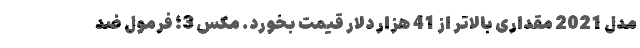
مدل 2021 مقداری بالاتر از 41 هزار دلار قیمت بخورد. مکس 3؛ فرمول ضد